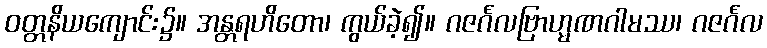
ဝတ္တနိယကျောင်း၌။ အန္တရဟိတော၊ ကွယ်ခဲ့၍။ ဂဇင်္ဂလဗြာဟ္မဏဂါမဿ၊ ဂဇင်္ဂလ